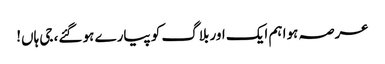
عرصہ ہوا ہم ایک اور بلاگ کو پیارے ہو گئے، جی ہاں!